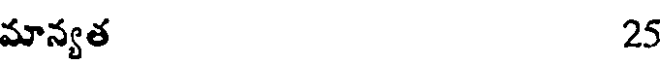
మాన్యత 25